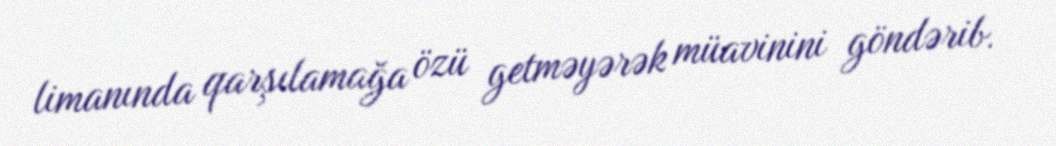
limanında qarşılamağa özü getməyərək müavinini göndərib.